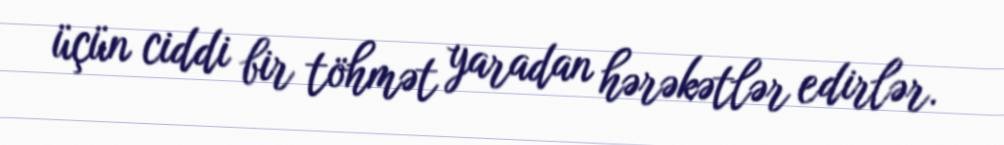
üçün ciddi bir töhmət yaradan hərəkətlər edirlər.